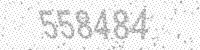
Solution: 558484